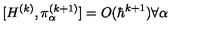
[ H ^ { ( k ) } , \pi _ { \alpha } ^ { ( k + 1 ) } ] = O ( \hbar ^ { k + 1 } ) \forall \alpha